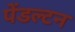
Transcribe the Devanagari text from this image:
पेंडल्टन